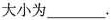
大小为___.